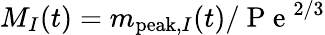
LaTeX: M_{I}(t)=m_{\mathrm{peak},I}(t)/\mathrm{~P~e~}^{2/3}